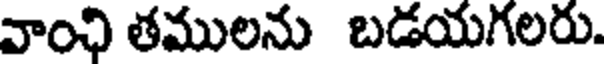
వాంధి తములను బడయగలరు.